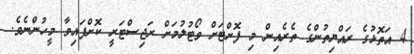
4 އަތޮޅުގެ ރައްޔިތުންގެ ތެރެއިން މި ފޮށްޓަށް ވޯޓުލުމަށް ރަޖިސްޓަރީ ކޮށްފައިވާ މީހުންނެވެ.